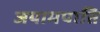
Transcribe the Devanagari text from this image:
जयामपाति